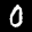
Label: 0